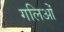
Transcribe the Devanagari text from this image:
गलिओं